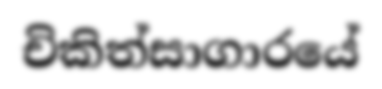
චිකිත්සාගාරයේ